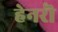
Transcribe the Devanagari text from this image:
हेनरॊ